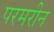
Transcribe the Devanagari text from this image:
परमरीन